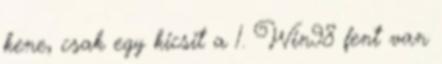
kene, csak egy kicsit a 1. Win98 fent van